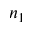
n _ { 1 }